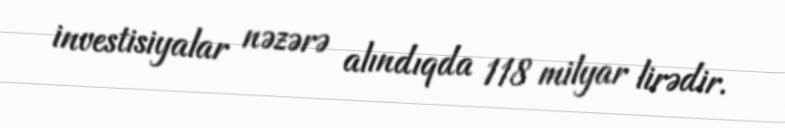
investisiyalar nəzərə alındıqda 118 milyar lirədir.